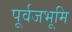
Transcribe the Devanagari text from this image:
पूर्वजभूमि